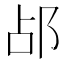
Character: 𬩷